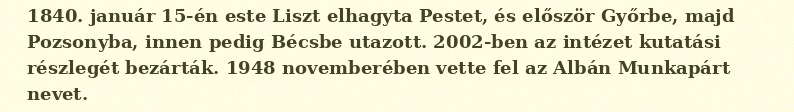
1840. január 15-én este Liszt elhagyta Pestet, és először Győrbe, majd Pozsonyba, innen pedig Bécsbe utazott. 2002-ben az intézet kutatási részlegét bezárták. 1948 novemberében vette fel az Albán Munkapárt nevet.